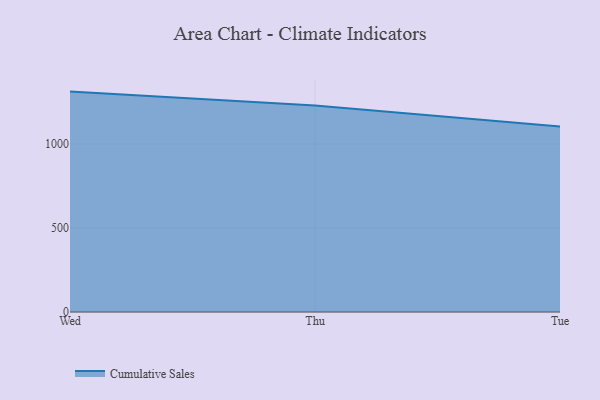
{"axis": {"x": "Day", "y": "Shipments"}, "legend": ["Cumulative Sales"], "data": [{"x": "Wed", "y": 1312.4, "type": "Cumulative Sales"}, {"x": "Thu", "y": 1229.3, "type": "Cumulative Sales"}, {"x": "Tue", "y": 1103.9, "type": "Cumulative Sales"}]}